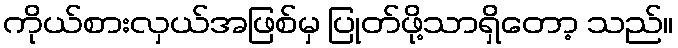
ကိုယ်စားလှယ်အဖြစ်မှ ပြုတ်ဖို့သာရှိတော့ သည်။